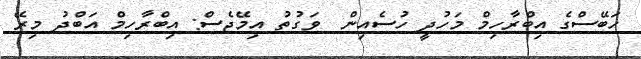
ހަބޭސްގެ އިބްރާހިމް މަހުދީ ހުސެއިން  ވަގުތު އިމޭޖެސް: އިބްރާހިމް އަބްދު މިރޭ